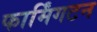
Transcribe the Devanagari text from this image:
फार्मिंगटन